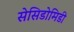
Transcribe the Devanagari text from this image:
सेसिडोमिडी